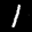
Label: 1